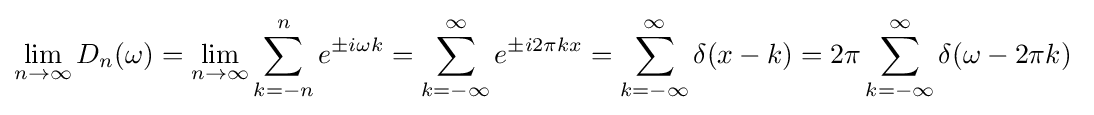
\lim _{n\to \infty }D_{n}(\omega )=\lim _{n\to \infty }\sum _{k=-n}^{n}e^{\pm i\omega k}=\sum _{k=-\infty }^{\infty }e^{\pm i2\pi kx}=\sum _{k=-\infty }^{\infty }\delta (x-k)=2\pi \sum _{k=-\infty }^{\infty }\delta (\omega -2\pi k)~